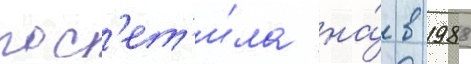
пос'ет'и́ла на́ в 1988